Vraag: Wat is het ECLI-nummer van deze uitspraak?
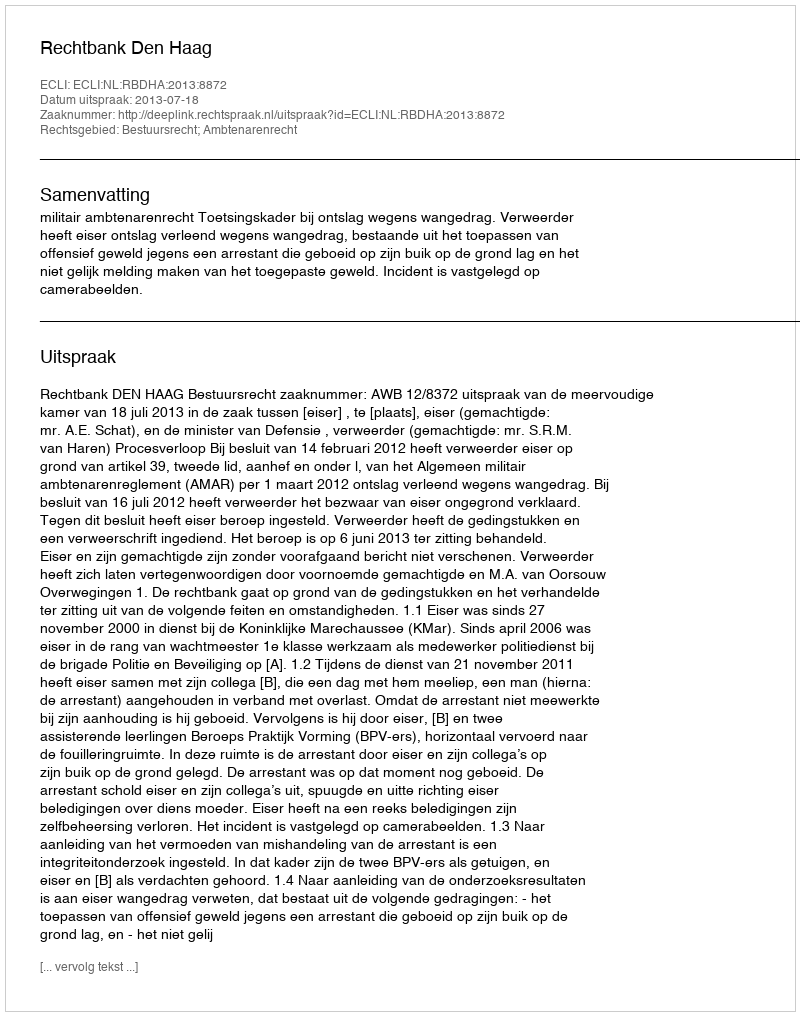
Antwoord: ECLI:NL:RBDHA:2013:8872